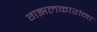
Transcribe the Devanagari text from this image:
गझलकारांना